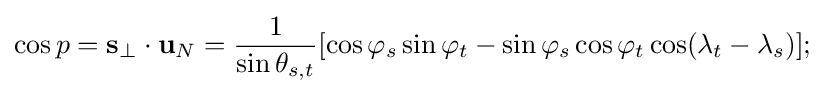
\cos p=\mathbf {s} _{\perp }\cdot \mathbf {u} _{N}={\frac {1}{\sin \theta _{s,t}}}[\cos \varphi _{s}\sin \varphi _{t}-\sin \varphi _{s}\cos \varphi _{t}\cos(\lambda _{t}-\lambda _{s})];